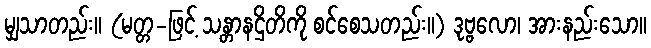
မျှသာတည်း။ (မတ္တ-ဖြင့် သန္တာနဌိတိကို စင်စေသတည်း။) ဒုဗ္ဗလော၊ အားနည်းသော။